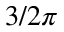
3 / 2 \pi